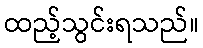
ထည့်သွင်းရသည်။